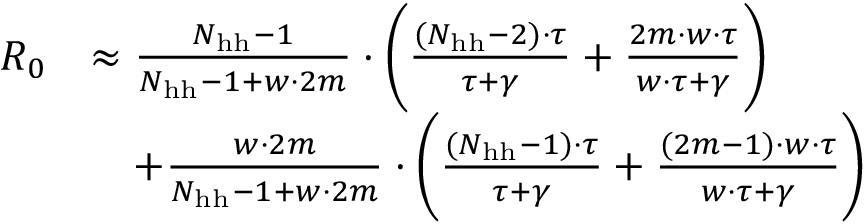
\begin{array} { r l } { R _ { 0 } } & { \approx \frac { N _ { \mathrm { h h } } - 1 } { N _ { \mathrm { h h } } - 1 + w \cdot 2 m } \cdot \bigg ( \frac { ( N _ { \mathrm { h h } } - 2 ) \cdot \tau } { \tau + \gamma } + \frac { 2 m \cdot w \cdot \tau } { w \cdot \tau + \gamma } \bigg ) } \\ & { \quad + \frac { w \cdot 2 m } { N _ { \mathrm { h h } } - 1 + w \cdot 2 m } \cdot \bigg ( \frac { ( N _ { \mathrm { h h } } - 1 ) \cdot \tau } { \tau + \gamma } + \frac { ( 2 m - 1 ) \cdot w \cdot \tau } { w \cdot \tau + \gamma } \bigg ) } \end{array}